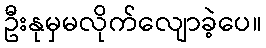
ဦးနုမှမလိုက်လျောခဲ့ပေ။